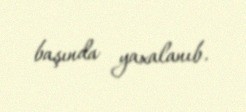
başında yaxalanıb.